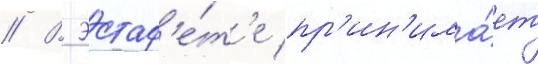
// В эстаф'е́т'е пр'ин'има́ет